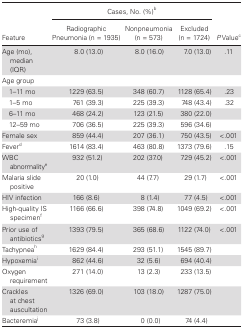
<table><thead><tr><td rowspan="2"><b>Feature</b></td><td colspan="3"><b>Cases, No. (%)<sup>b</sup></b></td><td rowspan="2"><b><i>P</i> Value<sup>c</sup></b></td></tr><tr><td><b>Radiographic Pneumonia (n = 1935)</b></td><td><b>Nonpneumonia (n = 573)</b></td><td><b>Excluded (n = 1724)</b></td></tr></thead><tbody><tr><td>Age (mo), median (IQR)</td><td>8.0 (13.0)</td><td>8.0 (16.0)</td><td>7.0 (13.0)</td><td>.11</td></tr><tr><td colspan="5">Age group</td></tr><tr><td> 1–11 mo</td><td>1229 (63.5)</td><td>348 (60.7)</td><td>1128 (65.4)</td><td>.23</td></tr><tr><td> 1–5 mo</td><td>761 (39.3)</td><td>225 (39.3)</td><td>748 (43.4)</td><td>.32</td></tr><tr><td> 6–11 mo</td><td>468 (24.2)</td><td>123 (21.5)</td><td>380 (22.0)</td><td></td></tr><tr><td> 12–59 mo</td><td>706 (36.5)</td><td>225 (39.3)</td><td>596 (34.6)</td><td></td></tr><tr><td>Female sex</td><td>859 (44.4)</td><td>207 (36.1)</td><td>750 (43.5)</td><td>&lt;.001</td></tr><tr><td>Fever<sup>d</sup></td><td>1614 (83.4)</td><td>463 (80.8)</td><td>1373 (79.6)</td><td>.15</td></tr><tr><td>WBC abnormality<sup>e</sup></td><td>932 (51.2)</td><td>202 (37.0)</td><td>729 (45.2)</td><td>&lt;.001</td></tr><tr><td>Malaria slide positive</td><td>20 (1.0)</td><td>44 (7.7)</td><td>29 (1.7)</td><td>&lt;.001</td></tr><tr><td>HIV infection</td><td>166 (8.6)</td><td>8 (1.4)</td><td>77 (4.5)</td><td>&lt;.001</td></tr><tr><td>High-quality IS specimen<sup>f</sup></td><td>1166 (66.6)</td><td>398 (74.8)</td><td>1049 (69.2)</td><td>&lt;.001</td></tr><tr><td>Prior use of antibiotics<sup>g</sup></td><td>1393 (79.5)</td><td>365 (68.6)</td><td>1122 (74.0)</td><td>&lt;.001</td></tr><tr><td>Tachypnea<sup>h</sup></td><td>1629 (84.4)</td><td>293 (51.1)</td><td>1545 (89.7)</td><td></td></tr><tr><td>Hypoxemia<sup>i</sup></td><td>862 (44.6)</td><td>32 (5.6)</td><td>694 (40.4)</td><td></td></tr><tr><td>Oxygen requirement</td><td>271 (14.0)</td><td>13 (2.3)</td><td>233 (13.5)</td><td></td></tr><tr><td>Crackles at chest auscultation</td><td>1326 (69.0)</td><td>103 (18.0)</td><td>1287 (75.0)</td><td></td></tr><tr><td>Bacteremia<sup>j</sup></td><td>73 (3.8)</td><td>0 (0.0)</td><td>74 (4.4)</td><td></td></tr></tbody></table>